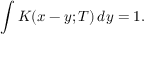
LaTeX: \int K ( x - y ; T ) \, d y = 1 .